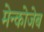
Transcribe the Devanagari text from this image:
मेन्कोजेब